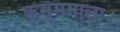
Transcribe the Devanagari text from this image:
कुसुममाला।